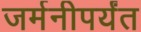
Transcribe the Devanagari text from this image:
जर्मनीपर्यंत